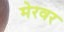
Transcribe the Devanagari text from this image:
मेरवर